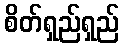
စိတ်ရှည်ရှည်